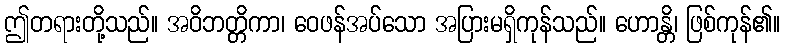
ဤတရားတို့သည်။ အဝိဘတ္တိကာ၊ ဝေဖန်အပ်သော အပြားမရှိကုန်သည်။ ဟောန္တိ၊ ဖြစ်ကုန်၏။